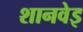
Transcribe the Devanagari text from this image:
शानवेइ